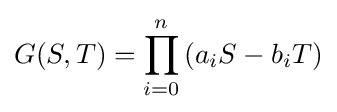
G(S,T)=\prod _{i=0}^{n}\left(a_{i}S-b_{i}T\right)